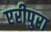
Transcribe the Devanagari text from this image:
एरीपुरा